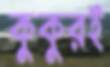
কুকুরই